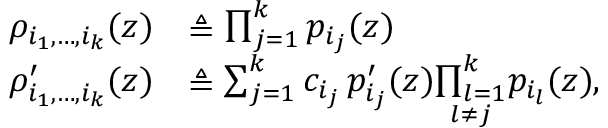
\begin{array} { r l } { \rho _ { i _ { 1 } , \hdots , i _ { k } } ( z ) } & { \triangleq \prod _ { j = 1 } ^ { k } p _ { i _ { j } } ( z ) } \\ { \rho _ { i _ { 1 } , \hdots , i _ { k } } ^ { \prime } ( z ) } & { \triangleq \sum _ { j = 1 } ^ { k } c _ { i _ { j } } \, p _ { i _ { j } } ^ { \prime } ( z ) \underset { l \ne j } { \prod _ { l = 1 } ^ { k } } p _ { i _ { l } } ( z ) , } \end{array}